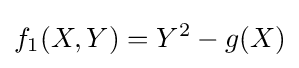
f_{1}(X,Y)=Y^{2}-g(X)